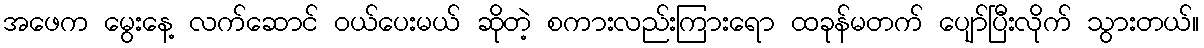
အဖေက မွေးနေ့ လက်ဆောင် ဝယ်ပေးမယ် ဆိုတဲ့ စကားလည်းကြားရော ထခုန်မတက် ပျော်ပြီးလိုက် သွားတယ်။